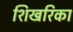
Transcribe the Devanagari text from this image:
शिखरिका